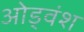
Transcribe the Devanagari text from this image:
ओड्वंश